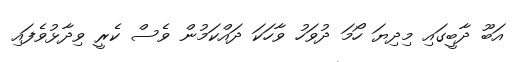
އަބޫ ދާބީގައި މިދިޔަ ހޯމަ ދުވަހު ވާހަކަ ދައްކަމުން ވެސް ކެރީ ވިދާޅުވެފައި